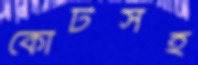
কোর্টসহ